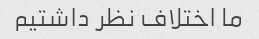
ما اختلاف نظر داشتیم